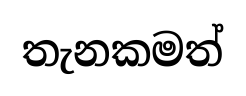
තැනකමත්